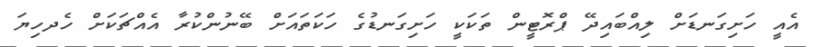
އެއީ ހަށިގަނޑަށް ލިއްބައިދޭ ޕްރޮޓީން ތަކަކީ ހަށިގަނޑުގެ ހަކަތައަށް ބޭނުންކުރާ އެއްޗަކަށް ހެދހިޔަ